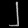
Digit: ၂